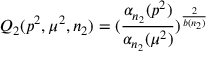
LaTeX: Q _ { 2 } ( p ^ { 2 } , \mu ^ { 2 } , n _ { 2 } ) = ( \frac { \alpha _ { n _ { 2 } } ( p ^ { 2 } ) } { \alpha _ { n _ { 2 } } ( \mu ^ { 2 } ) } ) ^ { \frac { 2 } { b ( n _ { 2 } ) } }